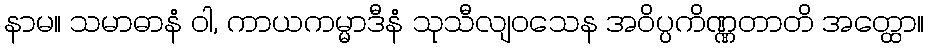
နာမ။ သမာဓာနံ ဝါ, ကာယကမ္မာဒီနံ သုသီလျဝသေန အဝိပ္ပကိဏ္ဏတာတိ အတ္ထော။